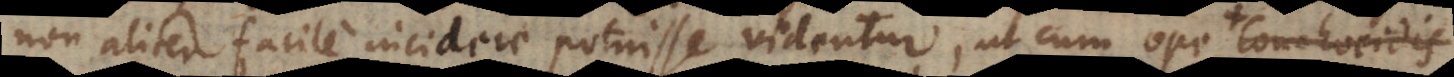
non aliter facile incidere potuisse videntur, ut cum ope [sectionum]